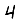
Digit: 4